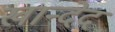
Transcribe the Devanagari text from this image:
खान्देद